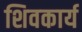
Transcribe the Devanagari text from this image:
शिवकार्य